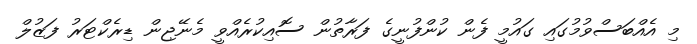
މި އެއްބަސްވުމުގައި ގައުމީ ފެން ކުންފުނީގެ ފަރާތުން ސޮއިކުރެއްވީ މެނޭޖިން ޑިރެކްޓަރު ފަޒުލް